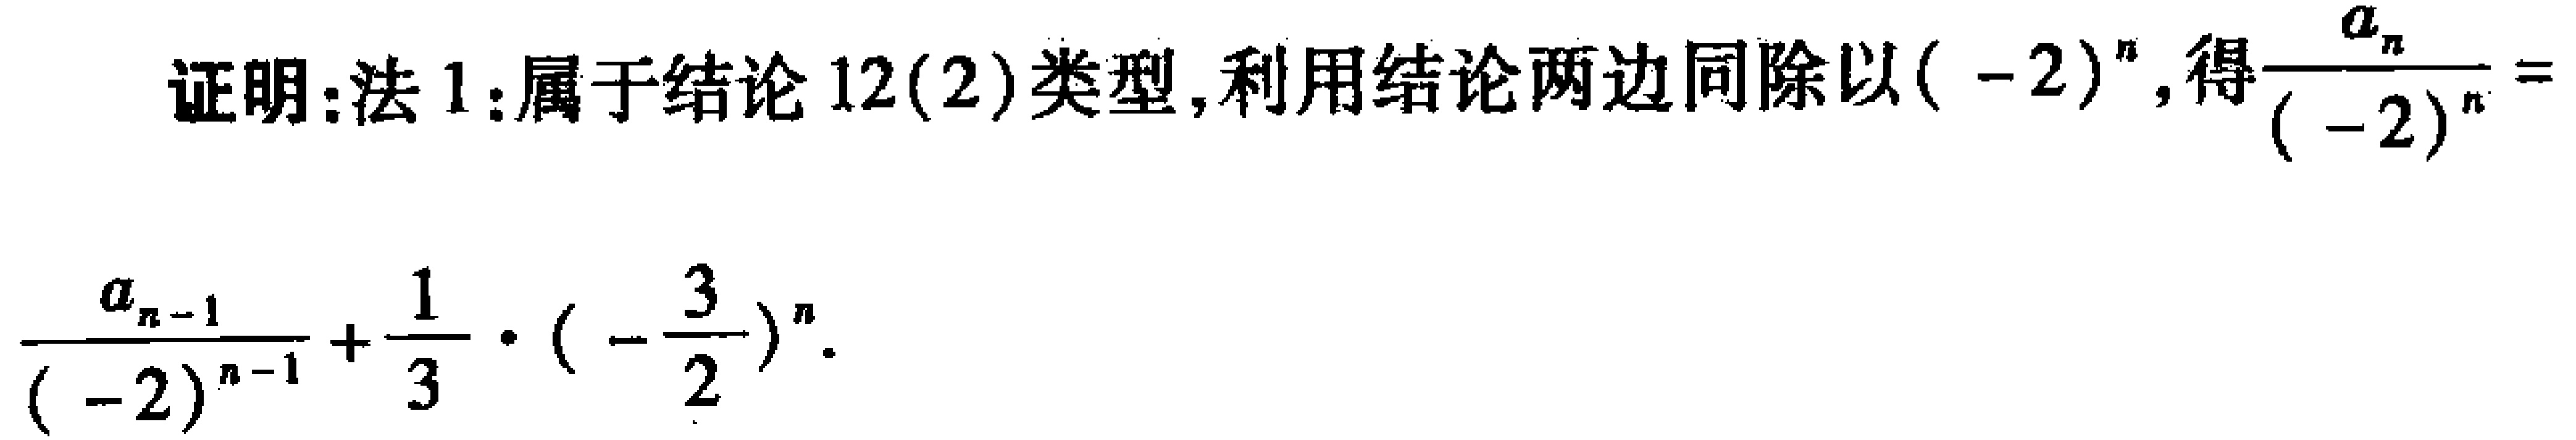
证明：法 1：属于结论 12(2)类型，利用结论两边同除以\(( - 2)^{n}\)，得\(\frac{a_{n}}{(-2)^{n}} = \frac{a_{n - 1}}{(-2)^{n - 1}}+\frac{1}{3}\cdot(-\frac{3}{2})^{n}\)。